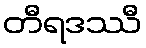
တီရဒဿီ